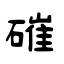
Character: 磪